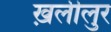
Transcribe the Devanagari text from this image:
ख़लीलुर